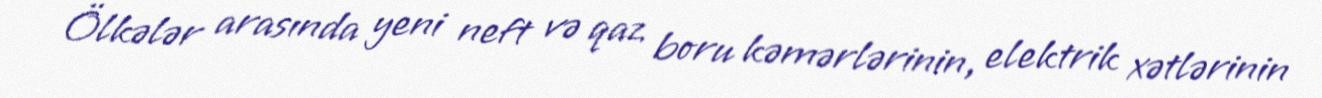
Ölkələr arasında yeni neft və qaz boru kəmərlərinin, elektrik xətlərinin